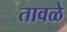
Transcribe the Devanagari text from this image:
तावळे